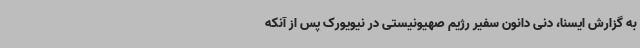
به گزارش ایسنا، دنی دانون سفیر رژیم صهیونیستی در نیویورک پس از آنکه